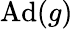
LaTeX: \operatorname{Ad}(g)